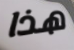
هذا